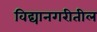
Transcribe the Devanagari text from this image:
विद्यानगरीतील